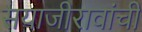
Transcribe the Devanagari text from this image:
सयाजीरावांची